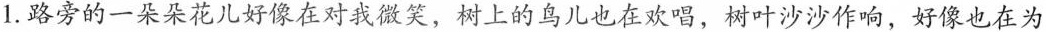
1.路旁的一朵朵花儿好像在对我微笑，树上的鸟儿也在欢唱，树叶沙沙作响，好像也在为